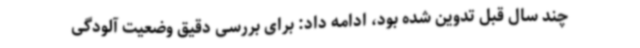
چند سال قبل تدوین شده بود، ادامه داد: برای بررسی دقیق وضعیت آلودگی